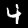
Label: 4